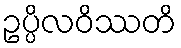
ဥပ္ပိလဝိဿတိ